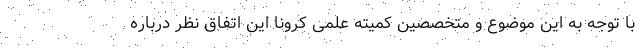
با توجه به این موضوع و متخصصین کمیته علمی کرونا این اتفاق نظر درباره